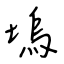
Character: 塢